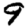
Digit: 9